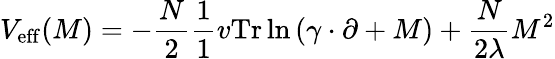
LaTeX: V_{\mathrm{eff}}(M)=-\frac{N}{2}\frac{1}{1}{v}\mathrm{Tr}\ln\left(\gamma\cdot\partial+M\right)+\frac{N}{2\lambda}M^{2}